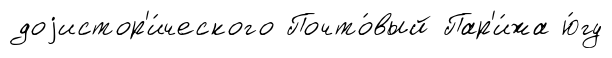
доjистор'и́ческого Почто́вый Пар'и́жа ю́гу